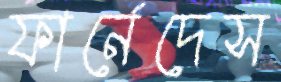
ফার্নেদেস